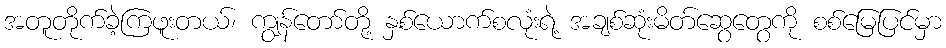
အတူတိုက်ခဲ့ကြဖူးတယ်၊ ကျွန်တော်တို့ နှစ်ယောက်စလုံးရဲ့ အချစ်ဆုံးမိတ်ဆွေတွေကို စစ်မြေပြင်မှာ